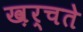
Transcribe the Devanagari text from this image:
ख़र्चते